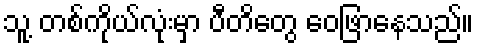
သူ့ တစ်ကိုယ်လုံးမှာ ပီတိတွေ ဝေဖြာနေသည်။